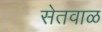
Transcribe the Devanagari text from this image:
सेतवाळ